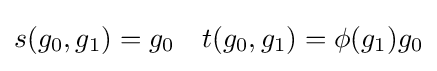
{\begin{matrix}s(g_{0},g_{1})=g_{0}&t(g_{0},g_{1})=\phi (g_{1})g_{0}\end{matrix}}